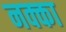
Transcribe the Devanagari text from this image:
नक्का